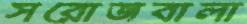
সরোজবালা